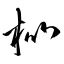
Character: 枇